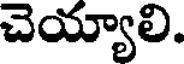
చెయ్యాలి.